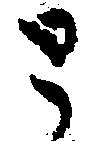
と